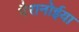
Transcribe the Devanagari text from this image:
पैरानोईया